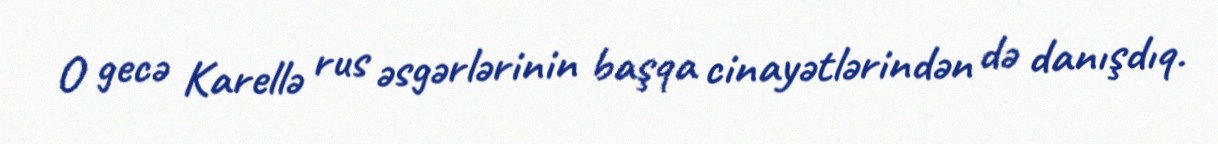
O gecə Karellə rus əsgərlərinin başqa cinayətlərindən də danışdıq.